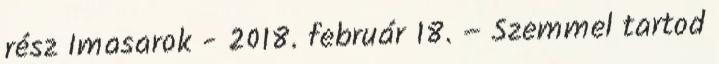
rész Imasarok - 2018. február 18. – Szemmel tartod